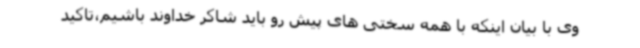
وی با بیان اینکه با همه سختی های پیش رو باید شاکر خداوند باشیم،تاکید